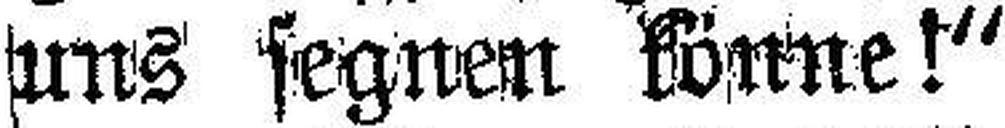
uns segnen könne!“